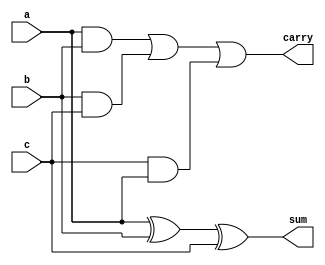
`timescale 1ns / 1ps
//////////////////////////////////////////////////////////////////////////////////
// Company: 
// Engineer: 
// 
// Design Name: 
// Module Name: full_adder_dataflow
// Project Name: 
// Target Devices: 
// Tool Versions: 
// Description: 
// 
// Dependencies: 
// 
// Revision:
// Revision 0.01 - File Created
// Additional Comments:
// 
//////////////////////////////////////////////////////////////////////////////////


module full_adder_dataflow(
input a,
input b,
input c,
output sum,
output carry
    );
assign sum= a^b^c;
assign carry = (a&b)|(b&c)|(c&a);
endmodule